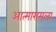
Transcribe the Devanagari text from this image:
आत्मारामला